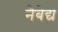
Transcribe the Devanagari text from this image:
नैबेद्य